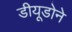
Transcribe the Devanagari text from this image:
डीयूडोने